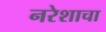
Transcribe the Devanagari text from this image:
नरेशाचा